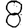
Digit: 8